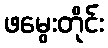
ဖမွေးတိုင်း